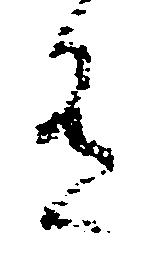
有